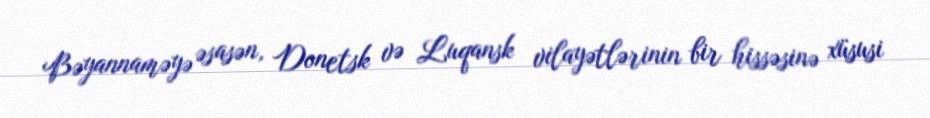
Bəyannaməyə əsasən, Donetsk və Luqansk vilayətlərinin bir hissəsinə xüsusi